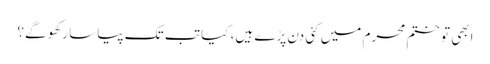
ابھی تو ختمِ محرم میں کئی دن پڑے ہیں، کیا تب تک پیاسا رکھو گے؟